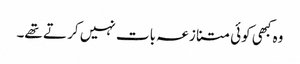
وہ کبھی کوئی متنازعہ بات نہیں کر تے تھے۔